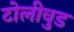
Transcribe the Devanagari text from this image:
टोलीवुड